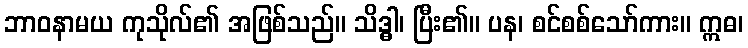
ဘာဝနာမယ ကုသိုလ်၏ အဖြစ်သည်။ သိဒ္ဓါ၊ ပြီး၏။ ပန၊ စင်စစ်သော်ကား။ ဣဓ၊